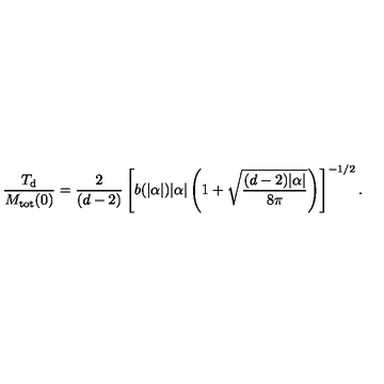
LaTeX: \frac { T _ { \mathrm { d } } } { M _ { \mathrm { t o t } } ( 0 ) } = \frac { 2 } { ( d - 2 ) } \left[ b ( | \alpha | ) | \alpha | \left( 1 + \sqrt { \frac { ( d - 2 ) | \alpha | } { 8 \pi } } \right) \right] ^ { - 1 / 2 } { . }